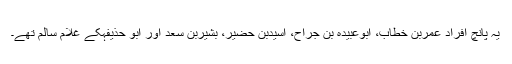
یہ پانچ افراد عمربن خطاب، ابوعبیدہ بن جراح، اسیدبن حضیر، بشیربن سعد اور ابو حذیفہکے غلام سالم تھے۔